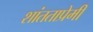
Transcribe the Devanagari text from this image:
शांतताप्रेमी